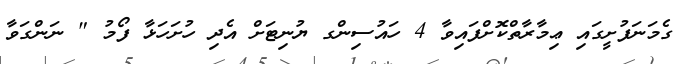
ގެމަނަފުށީގައި ޢިމާރާތްކޮށްފައިވާ 4 ހައުސިންގ ޔުނިޓަށް އެދި ހުށަހަޅާ ފޯމު " ނަންގަވާ